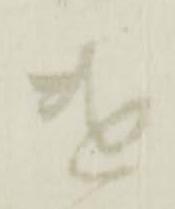
遣